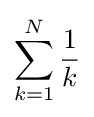
\sum _{k=1}^{N}{\frac {1}{k}}